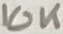
Text: 10K